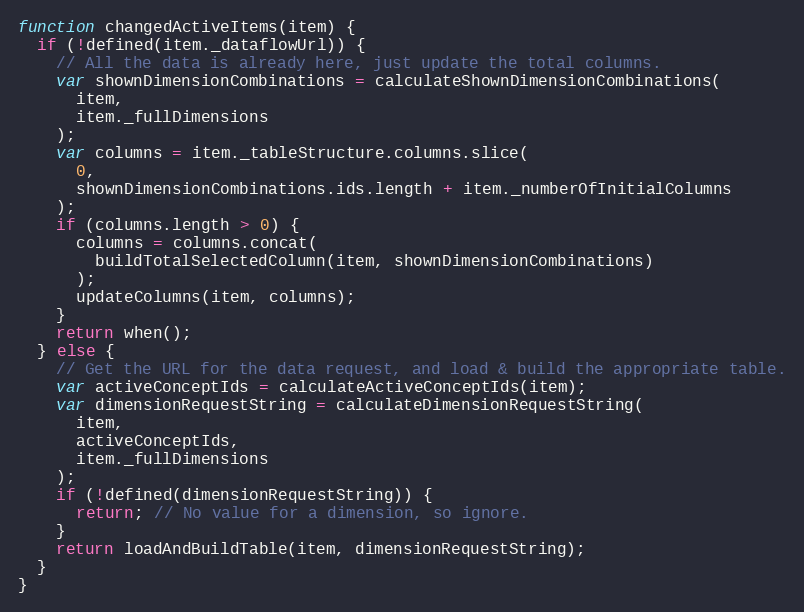
Language: JavaScript
function changedActiveItems(item) {
  if (!defined(item._dataflowUrl)) {
    // All the data is already here, just update the total columns.
    var shownDimensionCombinations = calculateShownDimensionCombinations(
      item,
      item._fullDimensions
    );
    var columns = item._tableStructure.columns.slice(
      0,
      shownDimensionCombinations.ids.length + item._numberOfInitialColumns
    );
    if (columns.length > 0) {
      columns = columns.concat(
        buildTotalSelectedColumn(item, shownDimensionCombinations)
      );
      updateColumns(item, columns);
    }
    return when();
  } else {
    // Get the URL for the data request, and load & build the appropriate table.
    var activeConceptIds = calculateActiveConceptIds(item);
    var dimensionRequestString = calculateDimensionRequestString(
      item,
      activeConceptIds,
      item._fullDimensions
    );
    if (!defined(dimensionRequestString)) {
      return; // No value for a dimension, so ignore.
    }
    return loadAndBuildTable(item, dimensionRequestString);
  }
}